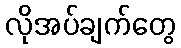
လိုအပ်ချက်တွေ